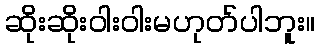
ဆိုးဆိုးဝါးဝါးမဟုတ်ပါဘူး။